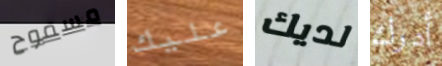
مسموح عليك لديك أدرك